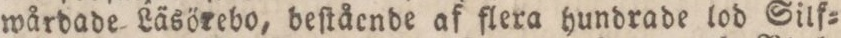
wårdade Läsörebo, beſtående af flera hundrade lod Silk=